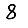
Digit: 8